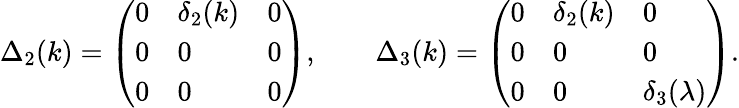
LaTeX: \begin{array}{r}{\Delta_{2}(k)=\left(\begin{array}{lll}{0}&{\delta_{2}(k)}&{0}\\ {0}&{0}&{0}\\ {0}&{0}&{0}\end{array}\right),\qquad\Delta_{3}(k)=\left(\begin{array}{lll}{0}&{\delta_{2}(k)}&{0}\\ {0}&{0}&{0}\\ {0}&{0}&{\delta_{3}(\lambda)}\end{array}\right).}\end{array}